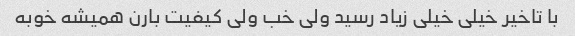
با تاخیر خیلی خیلی زیاد رسید ولی خب ولی کیفیت بارن همیشه خوبه